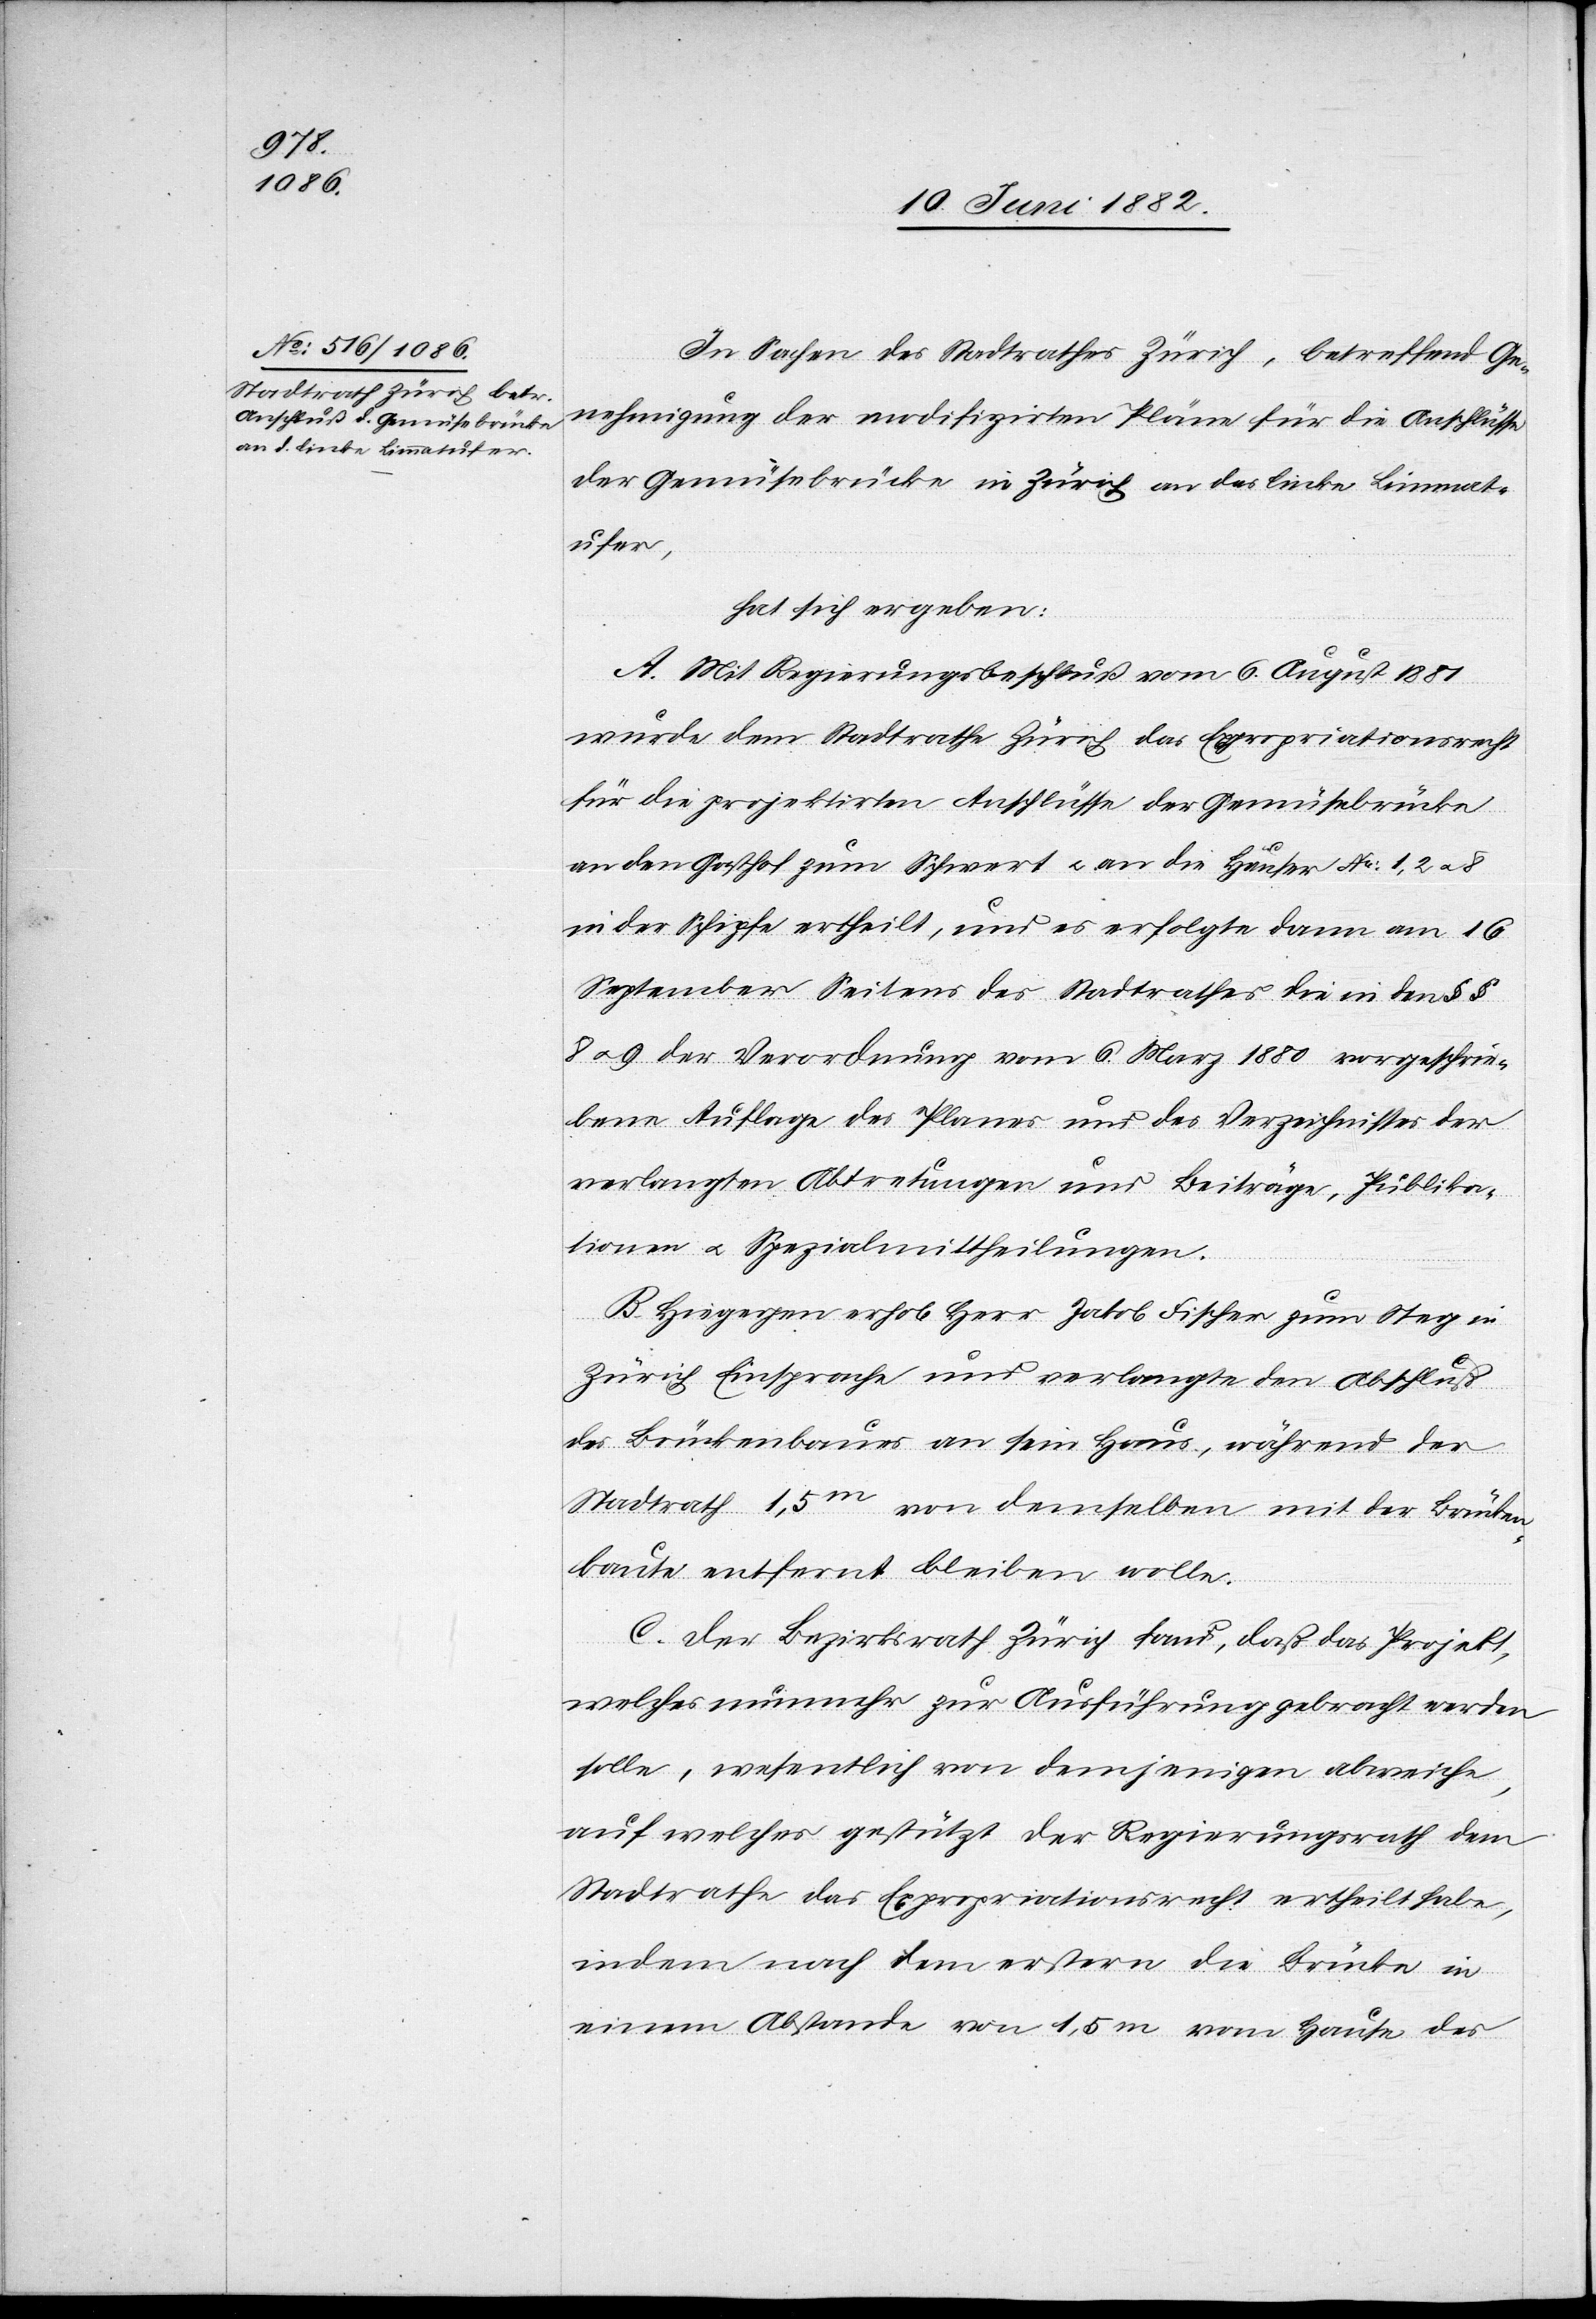
In Sachen des Stadtrathes Zürich, betreffend Ge¬
nehmigung der modifizirten Pläne für die Anschlüsse
der Gemüsebrücke in Zürich an das linke Limmat¬
ufer,
hat sich ergeben:
A. Mit Regierungsbeschluß vom 6. August 1881
wurde dem Stadtrathe Zürich das Expropriationsrecht
für die projektirten Anschlüsse der Gemüsebrücke
an den Gasthof zum Schwert u, an die Häuser No 1, 2 u.
in der Schipfe ertheilt, und es erfolgte dann am 16.
September Seitens des Stadtrathes die in den §§
8 u. 9 der Verordnung vom 6. März 1880 vorgeschrie¬
bene Auflage des Planes und des Verzeichnisses der
verlangten Abtretungen und Beiträge, Publika¬
tionen u. Spezialmittheilungen.
B. Hiegegen erhob Herr Jakob Fischer zum Steg in
Zürich Einsprache und verlangte den Abschluß
des Brückenbaues an sein Haus, während der
Stadtrath 1,5m von demselben mit der Brücken¬
baute entfernt bleiben wolle.
C. Der Bezirksrath Zürich fand, daß das Projekt,
welches nunmehr zur Ausführung gebracht werden
solle, wesentlich von demjenigen abweiche,
auf welches gestützt der Regierungsrath dem
Stadtrathe das Expropriationsrecht ertheilt habe,
indem nach dem erstern die Brücke in
einem Abstande von 1,5 m vom Hause des